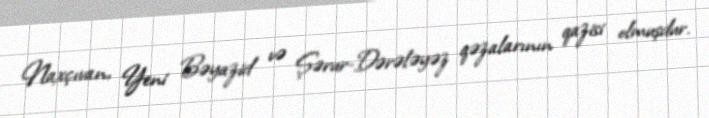
Naxçıvan, Yeni Bəyazid və Şərur-Dərələyəz qəzalarının qazisi olmuşdur.